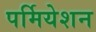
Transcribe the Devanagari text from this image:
पर्मियेशन